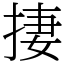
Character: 捿